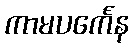
ကာမပင်္ကေန